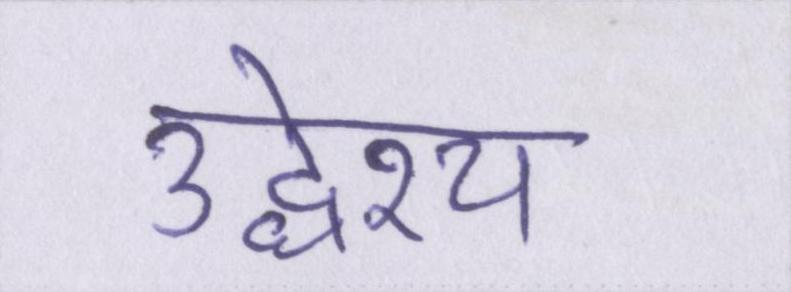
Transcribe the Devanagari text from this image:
उद्धेश्य